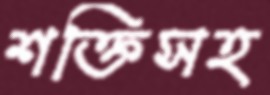
শক্তিসহ